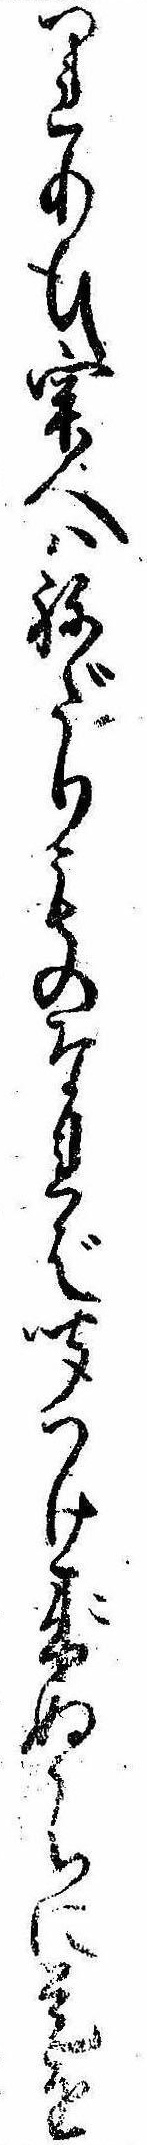
つれあひ牢人はねだりものなれば聞つけ来ぬうちに是を